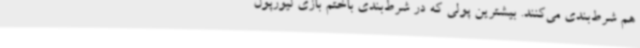
هم شرط‌بندی می‌کنند. بیشترین پولی که در شرط‌بندی باختم بازی لیورپول